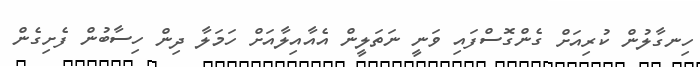
ހިނގާލުން ކުރިއަށް ގެންގޮސްފައި ވަނީ ނަތަލީން އެއާއިލާއަށް ހަމަލާ ދިން ހިސާބުން ފެށިގެން